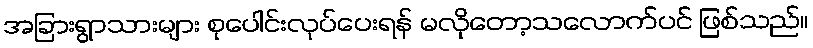
အခြားရွာသားများ စုပေါင်းလုပ်ပေးရန် မလိုတော့သလောက်ပင် ဖြစ်သည်။